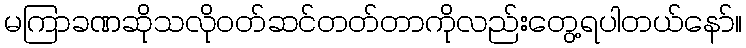
မကြာခဏဆိုသလို၀တ်ဆင်တတ်တာကိုလည်းတွေ့ရပါတယ်နော်။